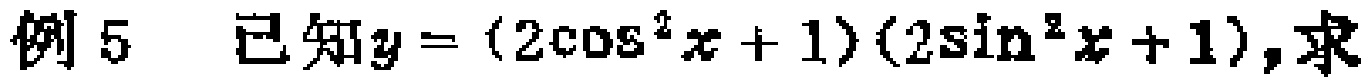
例5 已知$y=(2\cos^{2}x + 1)(2\sin^{2}x + 1),求$